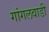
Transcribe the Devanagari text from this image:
गांगलवाडी